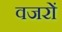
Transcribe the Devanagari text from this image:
वजरों